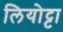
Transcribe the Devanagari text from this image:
लियोट्टा